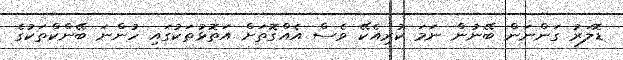
ޑޮލަރު ގަންނަން ބޭނުން ނަމަ ކުރިއެކޭ ވެސް އެއްގޮތަށް އަތޮޅުތަކުގައި ހުންނަ ބޭންކްތަކުގެ